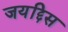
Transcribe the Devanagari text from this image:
जयद्दिस